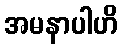
အမနာပါဟိ